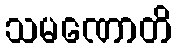
သမဏောတိ